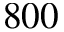
8 0 0